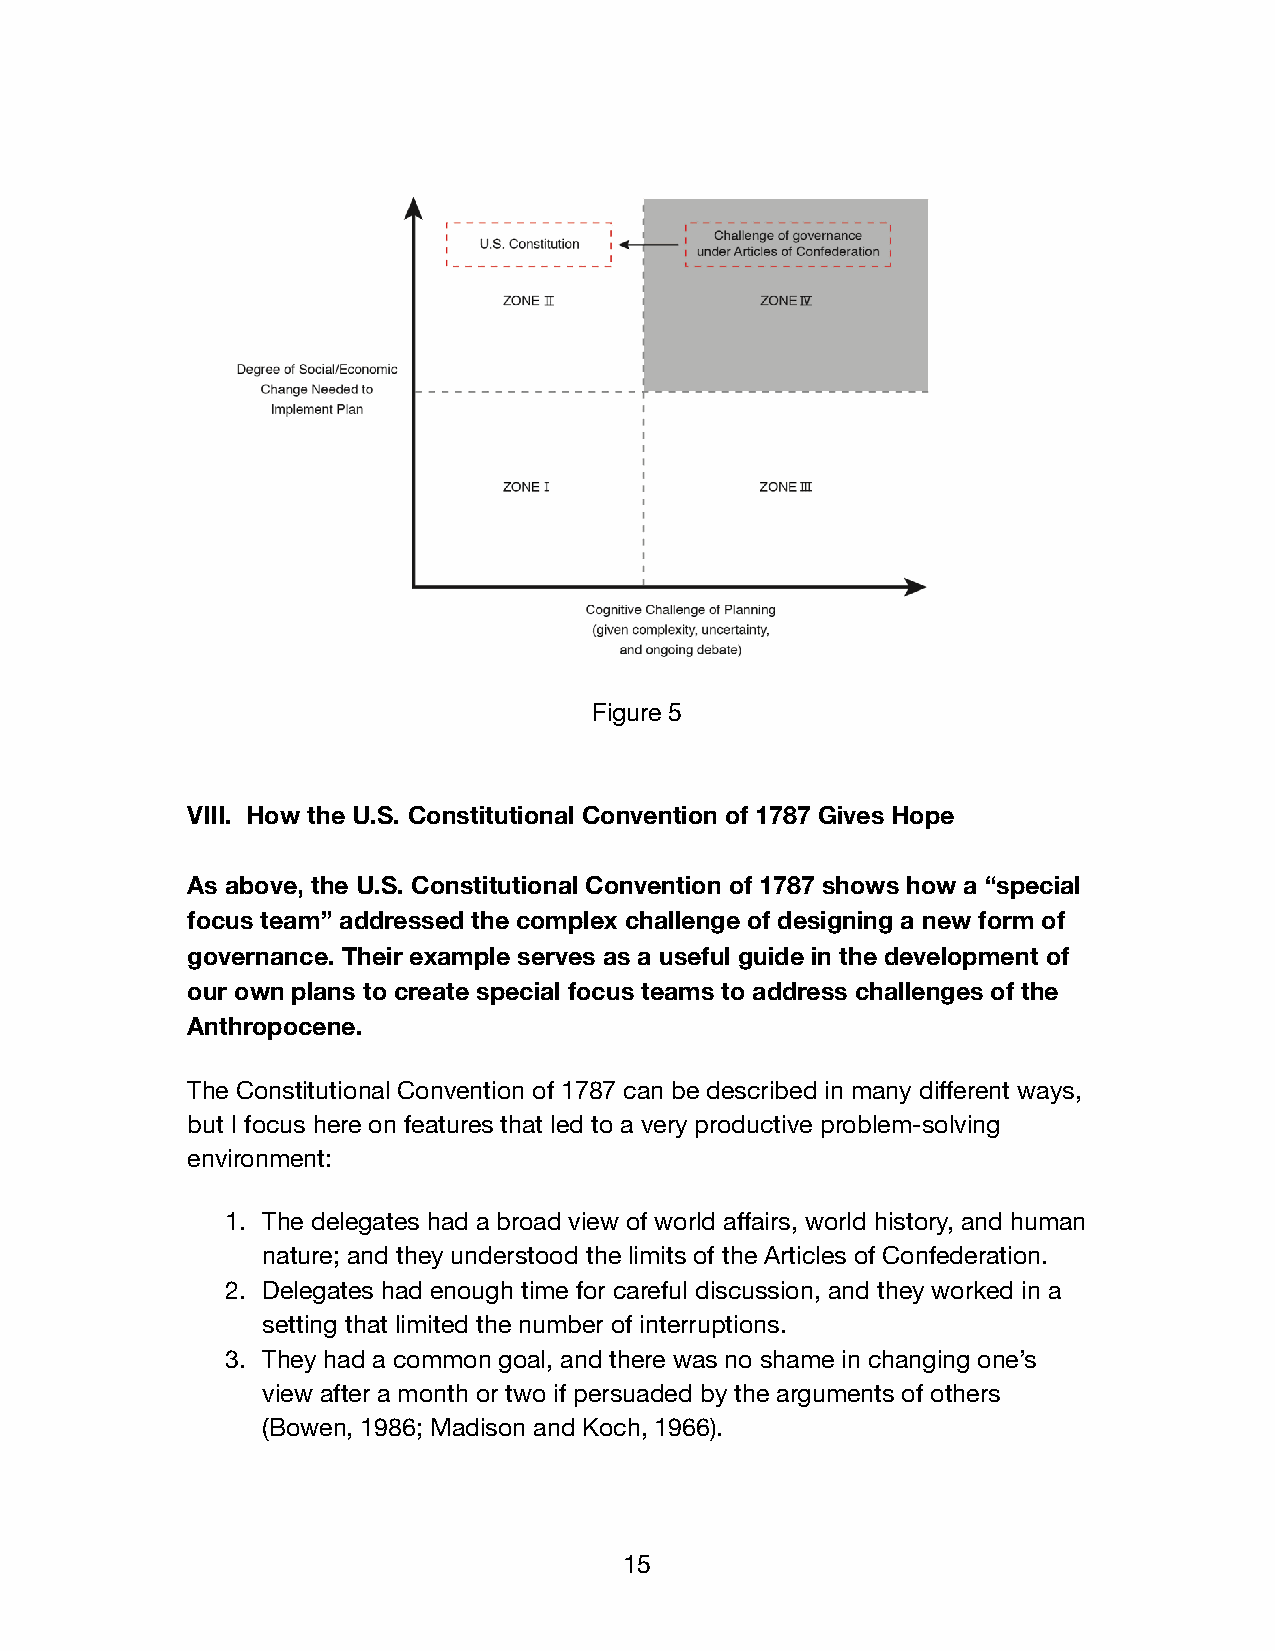
Figure 5
 VIII. How the U.S. Constitutional Convention of 1787 Gives Hope
 As above, the U.S. Constitutional Convention of 1787 shows how a “special
 focus team” addressed the complex challenge of designing a new form of
 governance. Their example serves as a useful guide in the development of
 our own plans to create special focus teams to address challenges of the
 Anthropocene.
 The Constitutional Convention of 1787 can be described in many different ways,
 but I focus here on features that led to a very productive problem-solving
 environment:
 1. The delegates had a broad view of world affairs, world history, and human
 nature; and they understood the limits of the Articles of Confederation.
 2. Delegates had enough time for careful discussion, and they worked in a
 setting that limited the number of interruptions.
 3. They had a common goal, and there was no shame in changing one’s
 view after a month or two if persuaded by the arguments of others
 (Bowen, 1986; Madison and Koch, 1966).
 15